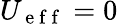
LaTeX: U_{\mathrm{~e~f~f~}}=0